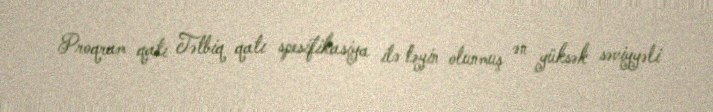
Proqram qatı Tətbiq qatı spesifikasiya ilə təyin olunmuş ən yüksək səviyyəli